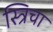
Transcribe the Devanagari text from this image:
स्त्रिचा